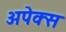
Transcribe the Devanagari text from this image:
अपेक्स